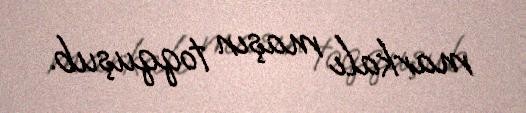
markalı maşın toqquşub.